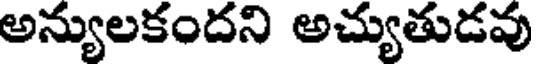
అన్యులకందని అచ్యుతుడవు